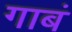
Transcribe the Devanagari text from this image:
गाबं